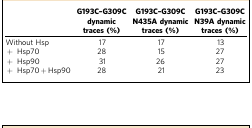
|  | G193C–G309C dynamic traces (%) | G193C–G309C N435A dynamic traces (%) | G193C–G309C N39A dynamic traces (%) |
 | --- | --- | --- | --- |
 | Without Hsp | 17 | 17 | 13 |
 | + Hsp70 | 28 | 15 | 27 |
 | + Hsp90 | 31 | 26 | 27 |
 | + Hsp70+Hsp90 | 28 | 21 | 23 |